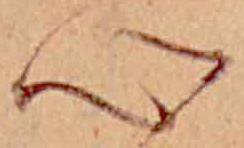
心